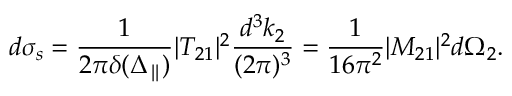
d \sigma _ { s } = \frac { 1 } { 2 \pi \delta ( \Delta _ { \parallel } ) } | T _ { 2 1 } | ^ { 2 } \frac { d ^ { 3 } k _ { 2 } } { ( 2 \pi ) ^ { 3 } } = \frac { 1 } { 1 6 \pi ^ { 2 } } | M _ { 2 1 } | ^ { 2 } d \Omega _ { 2 } .